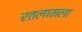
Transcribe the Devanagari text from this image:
रतलामला